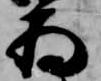
為